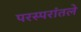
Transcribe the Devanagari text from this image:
परस्परांतले